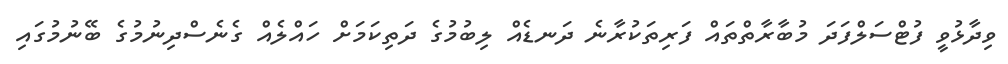
ވިދާޅުވީ ފުޓްސަލްފަދަ މުބާރާތްތައް ފަރިތަކުރާނެ ދަނޑެއް ލިބުމުގެ ދަތިކަމަށް ހައްލެއް ގެނެސްދިނުމުގެ ބޭނުމުގައި